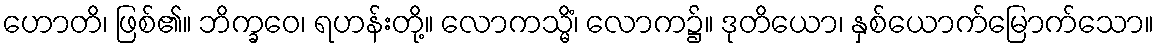
ဟောတိ၊ ဖြစ်၏။ ဘိက္ခဝေ၊ ရဟန်းတို့။ လောကသ္မိံ၊ လောက၌။ ဒုတိယော၊ နှစ်ယောက်မြောက်သော။